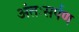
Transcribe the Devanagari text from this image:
अंतःसर्पण